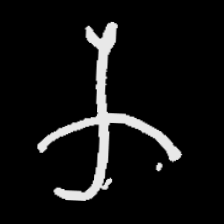
Pyu character \u2014 Myanmar letter: က (romanized: ka)